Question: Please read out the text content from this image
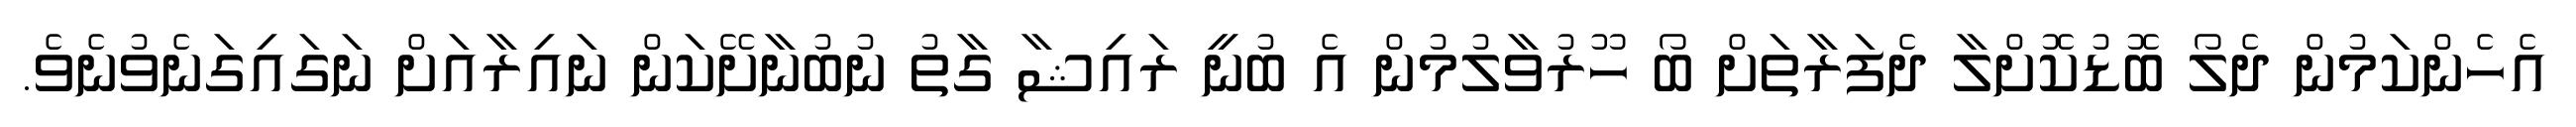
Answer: އެހެންކަމުން ދެލޯ ބޮޑުކޮށްލާ ދެފަރާތަށް ބޯ ހޫރުވާލުމުން އެ ބުނީ ރައިޝާ ގާތު ނުބުނާށޭކަން ނައިރާއަށް ނަގައިގަނެވުނެވެ.